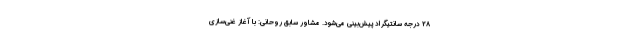
۲۸ درجه سانتیگراد پیش‌بینی می‌شود. مشاور سابق روحانی: با آغاز غنی‌سازی